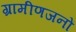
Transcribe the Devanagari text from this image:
ग्रामीणजनों